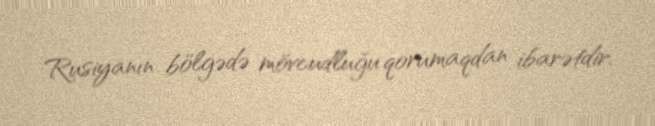
Rusiyanın bölgədə mövcudluğu qorumaqdan ibarətdir.